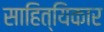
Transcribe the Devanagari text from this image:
साहित्यिकार